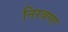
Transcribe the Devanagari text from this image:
निरवणा